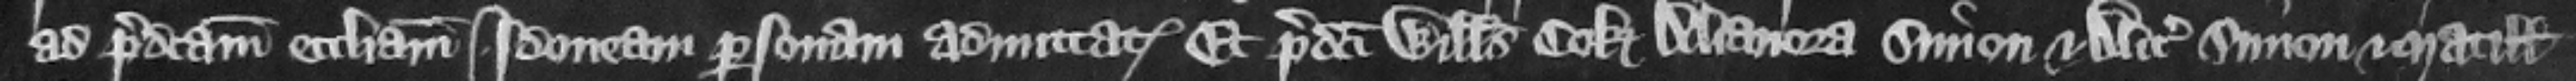
ad predictam ecclesiam Idoneam personam admittat. Et predicti Willelmus Cok Alianora Simon et Alicia Simon et Matillis